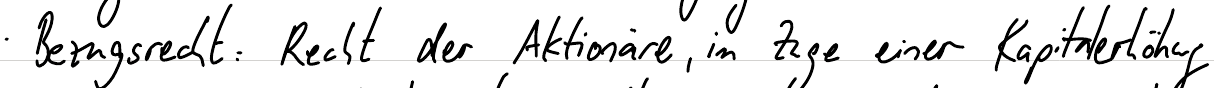
Bezugsrecht: Recht der Aktionäre, im Zuge einer Kapitalerhöhung